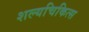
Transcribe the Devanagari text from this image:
शल्यचिकित्स